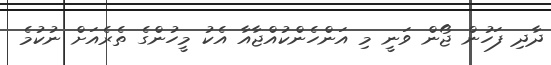
ދާދި ފަހުން ޖޯން ވަނީ މި އަންހެންކުއްޖާއާ އެކު މީހުންގެ ތެރެއަށް ނުކުމެ